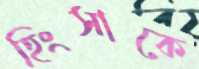
হিংসাকে